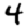
Digit: 4